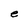
Character: e